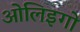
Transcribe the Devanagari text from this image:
ओलिइगो